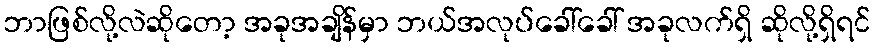
ဘာဖြစ်လို့လဲဆိုတော့ အခုအချိန်မှာ ဘယ်အလုပ်ခေါ်ခေါ် အခုလက်ရှိ ဆိုလို့ရှိရင်